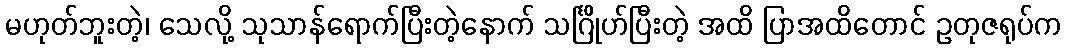
မဟုတ်ဘူးတဲ့၊ သေလို့ သုသာန်ရောက်ပြီးတဲ့နောက် သင်္ဂြိုဟ်ပြီးတဲ့ အထိ ပြာအထိတောင် ဥတုဇရုပ်က